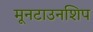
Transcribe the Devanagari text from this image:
मूनटाउनशिप